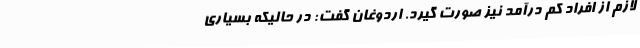
لازم از افراد کم درآمد نیز صورت گیرد. اردوغان گفت: در حالیکه بسیاری